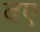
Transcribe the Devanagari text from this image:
दए